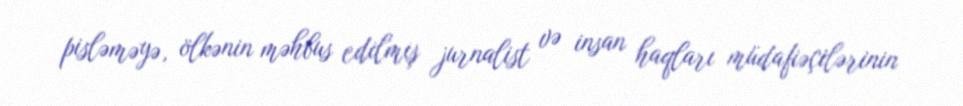
pisləməyə, ölkənin məhbus edilmiş jurnalist və insan haqları müdafiəçilərinin